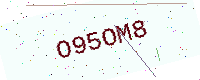
Text: O95OM8